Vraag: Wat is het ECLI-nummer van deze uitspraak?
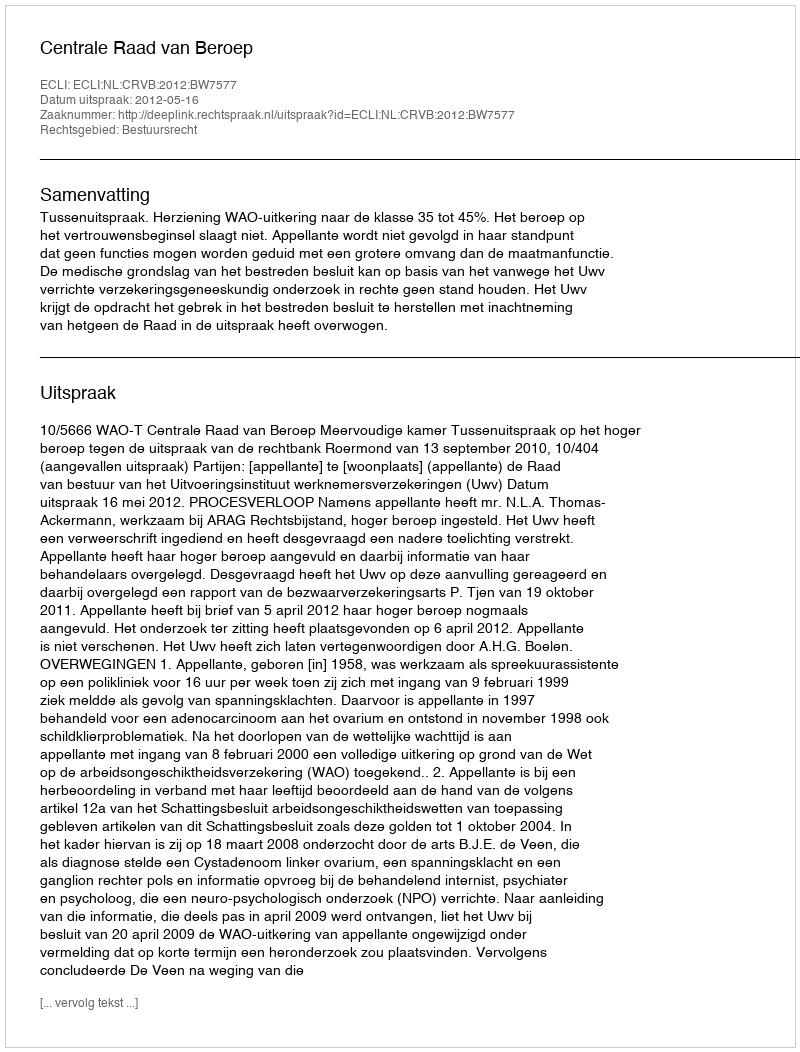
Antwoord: ECLI:NL:CRVB:2012:BW7577